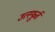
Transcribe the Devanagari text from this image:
उत्‍स्फूर्त